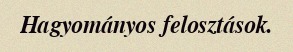
Hagyományos felosztások.